Indian journal of veterinary science and animal husbandry - Volumes 15-17, 1948-1951
Year: 1948
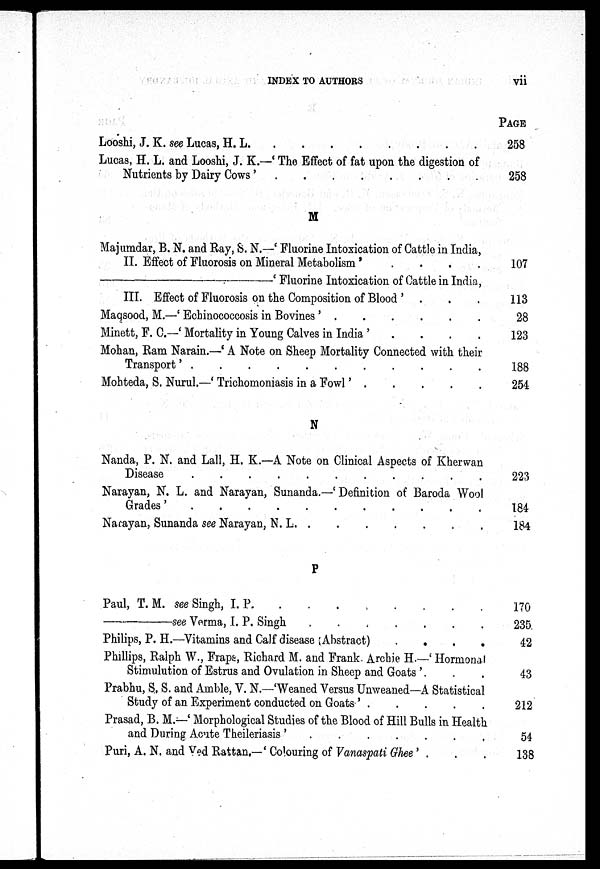
INDEX TO AUTHORS
vii
Looshi, J. K. see Lucas, H. L. . . . . . . . .
Lucas, H. L. and Looshi, J. K.—'The Effect of fat upon the digestion of
Nutrients by Dairy Cows'.
.
.
.
.
.
.
.
.
M
Majumdar, B. N. and Ray, S. N.—'Fluorine Intoxication of Cattle in India,
II. Effect of Fluorosis on Mineral Metabolism' . . . . .
—'Fluorine
Intoxication of Cattle in India,
III. Effect of Fluorosis on the Composition of Blood'. . . .
Maqsood, M.—'Echinococcosis in Bovines'. . ..
Minett, F. C.—'Mortality in Young Calves in India'
Mohan, Ram Narain.—'A Note on Sheep Mortality Connected with their
Transport'
.
.
.
.
Mohteda, S. Nurul.—'Trichomoniasis in a Fowl' . . . . . . . .
N
Nanda, P. N. and Lall, H. K.—A Note on Clinical Aspects of Kherwan
Disease . . . . . . . . . . . . . . . .
Narayan, N. L. and Narayan, Sunanda.—'Definition of Baroda Wool
Narayan, Sunanda see Narayan, N. L. . . . . . . . .
P
Paul, T. M. see Singh, I. P.
.
.
.
.
.
.
.
.
——see
Verma, I. P. Singh.
.
.
.
.
.
.
.
.
Philips, P. H.—Vitamins and Calf disease (Abstract) . . . . . . . .
Phillips, Ralph W., Fraps, Richard M. and Frank. Archie H.—'Hormonal
Stimulution of Estrus and Ovulation in Sheep and Goats'. . . .
Prabhu, S. S. and Amble, V. N.—'Weaned Versus Unweaned—A Statistical
Study of an Experiment conducted on Goats' . . . . . . . .
Prasad, B. M.—'Morphological Studies of the Blood of Hill Bulls in Health
and During Acute Theileriasis ' . . . . . . . .
Puri, A. N. and Ved Rattan.—'Colouring of Vanaspati Ghee' . . .
PAGE
258
258
107
113
28
123
188
254
223
184
184
170
235
42
43
212
54
138